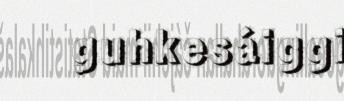
guhkesáiggi